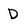
Character: D